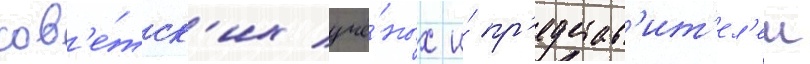
сов'е́тск'их учё́ных и́ пр'едстав'ит'ел'еи